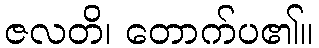
ဇလတိ၊ တောက်ပ၏။